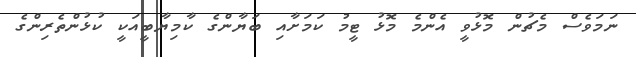
ނަމަވެސް މެޗުން މޮޅުވީ އެންމެ މޮޅު ޓީމު ކަމަށާއި ބަޔާންގެ ކާމިޔާބީއަކީ ކުޅުންތެރިންގެ